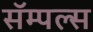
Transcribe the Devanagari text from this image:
सॅम्पल्स